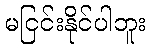
မငြင်းနိုင်ပါဘူး